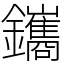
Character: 鑴